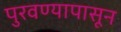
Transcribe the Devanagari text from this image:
पुरवण्यापासून